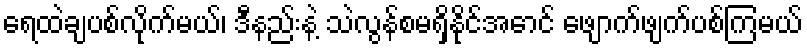
ရေထဲချပစ်လိုက်မယ်၊ ဒီနည်းနဲ့ သဲလွန်စမရှိနိုင်အောင် ဖျောက်ဖျက်ပစ်ကြမယ်